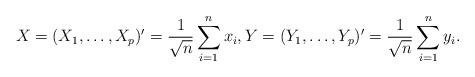
LaTeX: \begin{align*}X=(X_1,\dots,X_p)'=\frac{1}{\sqrt{n}}\sum^{n}_{i=1}x_i,Y=(Y_1,\dots,Y_p)'=\frac{1}{\sqrt{n}}\sum^{n}_{i=1}y_i.\end{align*}